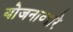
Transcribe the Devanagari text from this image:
योजनाव्दारे